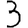
Digit: 3